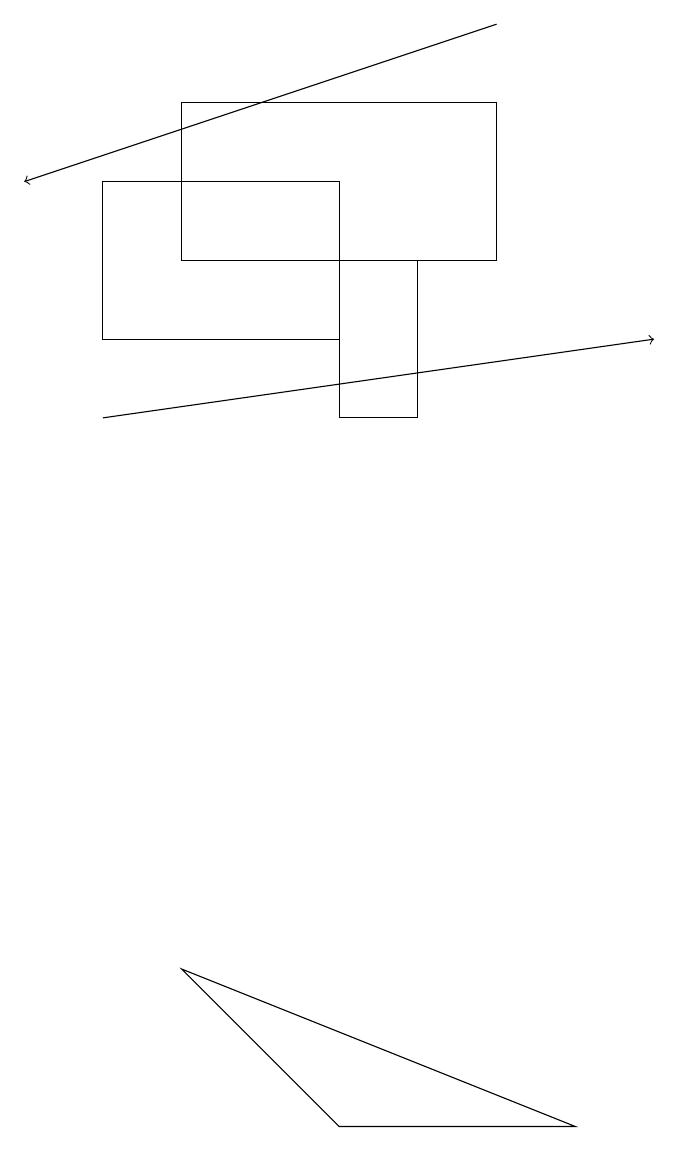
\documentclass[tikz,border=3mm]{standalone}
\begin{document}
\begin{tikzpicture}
\draw (5,16) rectangle (6,14);
\draw[->] (7,19) -- (1,17);
\draw (3,16) rectangle (7,18);
\draw (2,17) rectangle (5,15);
\draw[->] (2,14) -- (9,15);
\draw (5,5) -- (3,7) -- (8,5) -- cycle;
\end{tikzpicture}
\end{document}